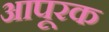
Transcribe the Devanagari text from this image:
आपूरक